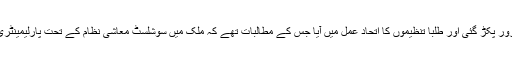
طلبا کی شہادت کے بعد تحریک مزید زور پکڑ گئی اور طلبا تنظیموں کا اتحاد عمل میں آیا جس کے مطالبات تھے کہ ملک میں سوشلسٹ معاشی نظام کے تحت پارلیمینٹری جمہوریت کا قیام عمل میں لایا جائے۔